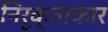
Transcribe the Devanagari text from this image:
निरूक्ताकार